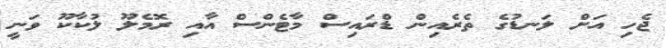
ޖެހި އަށް ލަނޑުގެ ތެރެއިން ޑްރައިސް މާޓެންސް އާއި ރޮމެލޫ ލުކާކޫ ވަނީ